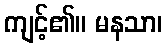
ကျင့်၏။ မနသာ၊